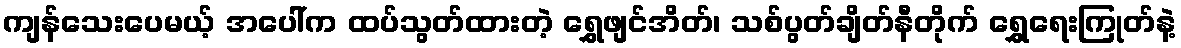
ကျန်သေးပေမယ့် အပေါ်က ထပ်သွတ်ထားတဲ့ ရွှေဖျင်အိတ်၊ သစ်ပွတ်ချိတ်နီတိုက် ရွှေရေးကြုတ်နဲ့